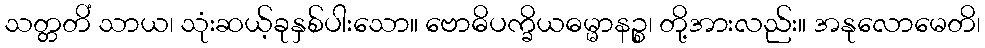
သတ္တတိံ သာယ၊ သုံးဆယ့်ခုနှစ်ပါးသော။ ဗောဓိပက္ခိယဓမ္မာနဉ္စ၊ တို့အားလည်း။ အနုလောမေတိ၊